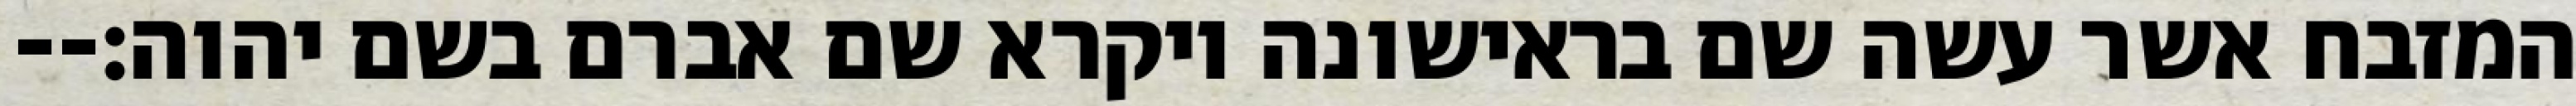
המזבח אשר עשה שם בראישונה ויקרא שם אברם בשם יהוה׃--